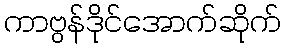
ကာဗွန်ဒိုင်အောက်ဆိုက်